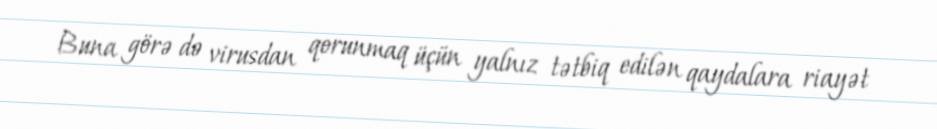
Buna görə də virusdan qorunmaq üçün yalnız tətbiq edilən qaydalara riayət